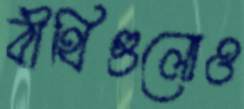
বীথিগুলোও